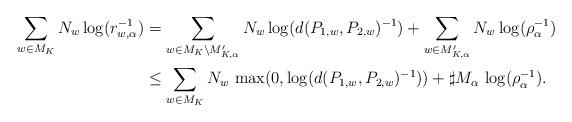
LaTeX: \begin{align*}\sum_{w\in M_{K}} N_{w} \log(r_{w,\alpha}^{-1}) &= \sum_{w\in M_{K}\setminus M'_{K,\alpha}} N_{w} \log(d(P_{1,w},P_{2,w})^{-1}) + \sum_{w\in M'_{K,\alpha}} N_{w} \log(\rho_{\alpha}^{-1}) \\& \le \sum_{w\in M_{K}} N_{w} \, \max(0,\log(d(P_{1,w},P_{2,w})^{-1})) + \sharp M_{\alpha} \, \log(\rho_{\alpha}^{-1}).\end{align*}